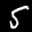
Label: 5